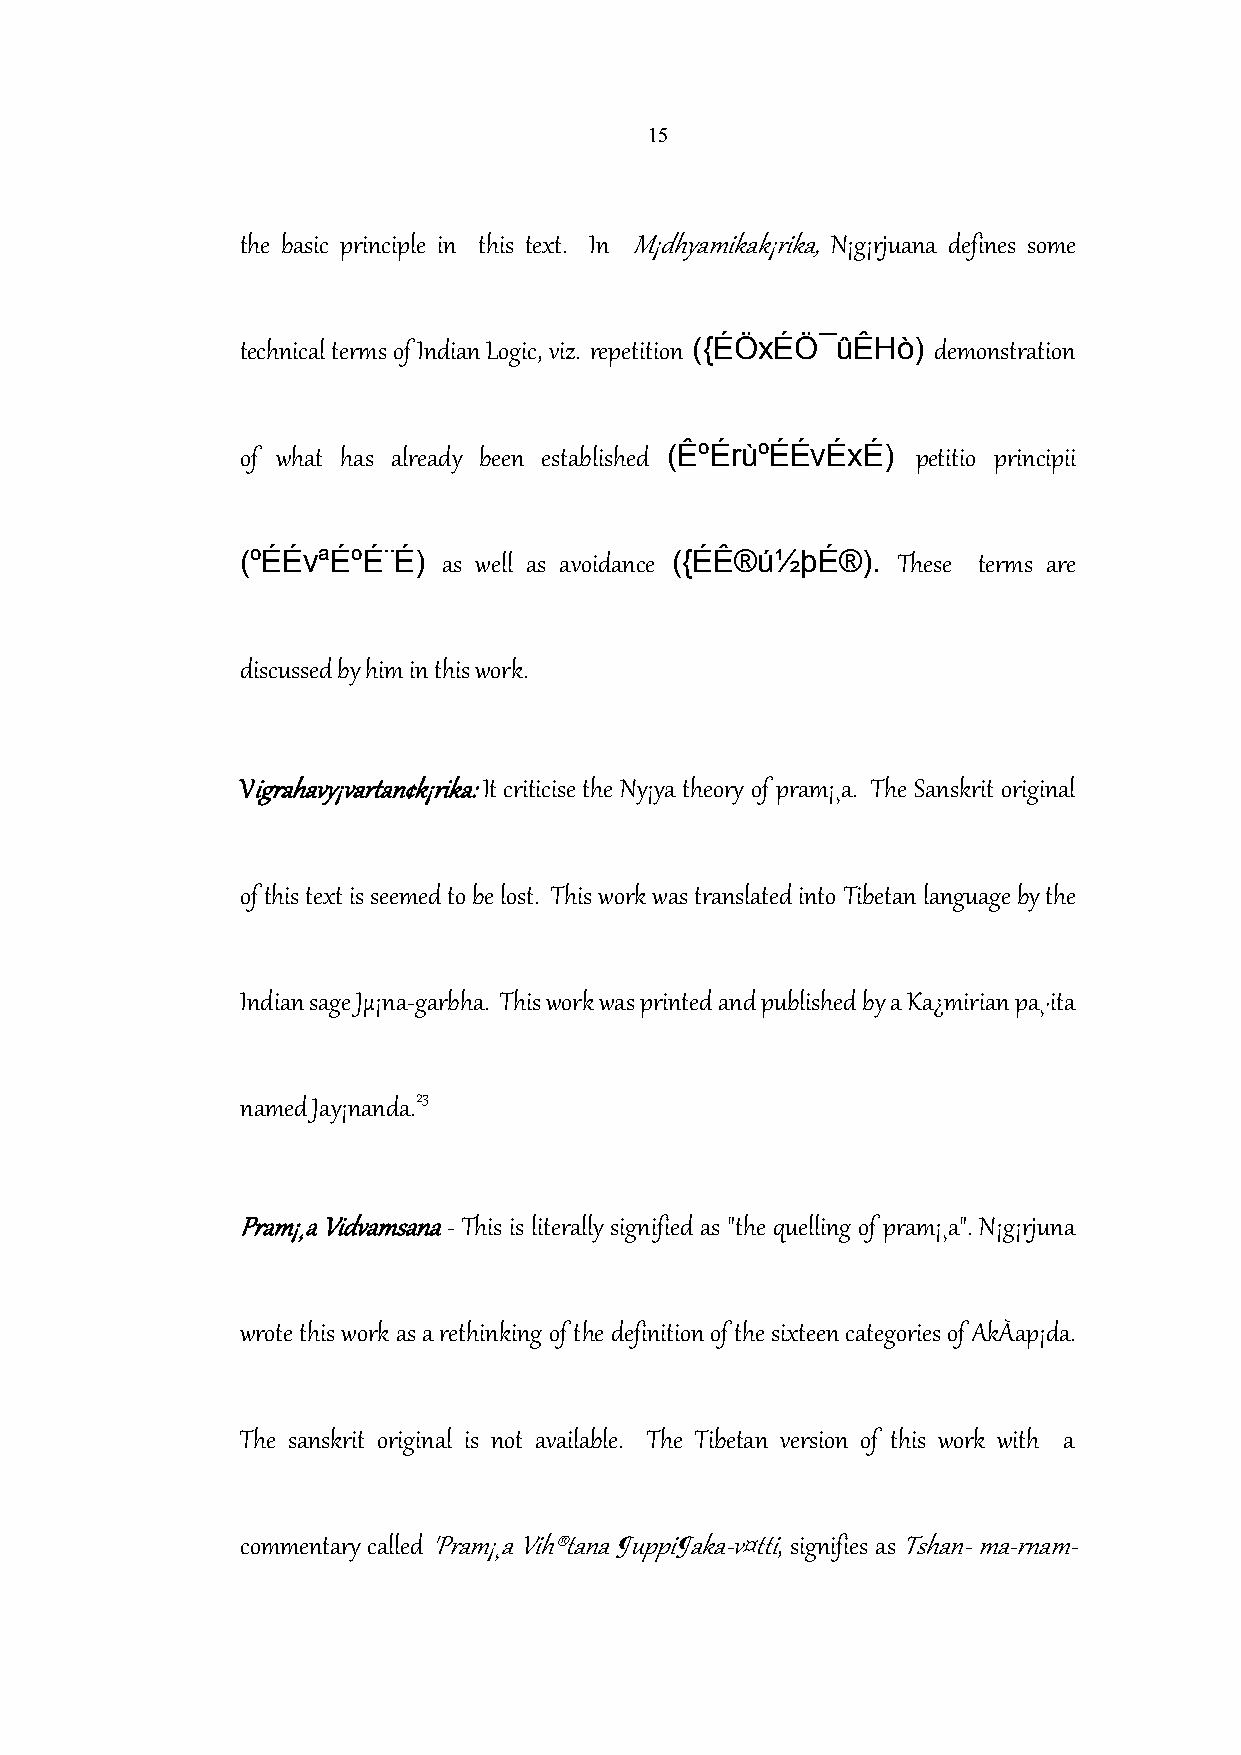
15
 the basic principle in this text. In M¡dhyamikak¡rika, N¡g¡rjuana defines some
 ({ÉÖxÉÖ¯ûÊHò)
 technical terms of Indian Logic, viz. repetition demonstration
 (ÊºÉrùºÉÉvÉxÉ)
 of what has already been established         petitio principii
 (ºÉÉvªÉºÉ¨É)                ({ÉÊ®ú½þÉ®).
 as well as avoidance          These terms are
 discussed by him in this work.
 Vigrahavy¡vartan¢k¡rika:It criticise the Ny¡ya theory of pram¡¸a. The Sanskrit original
 of this text is seemed to be lost. This work was translated into Tibetan language by the
 Indian sage Jµ¡na-garbha. This work was printed and published by a Ka¿mirian pa¸·ita
 23
 named Jay¡nanda.
 Pram¡¸a Vidvamsana- This is literally signified as "the quelling of pram¡¸a". N¡g¡rjuna
 wrote this work as a rethinking of the definition of the sixteen categories of AkÀap¡da.
 The sanskrit original is not available. The Tibetan version of this work with a
 commentary called'Pram¡¸a Vih®tana ¶uppi¶aka-v¤tti, signifies asTshan-ma-rnam-